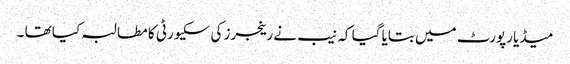
میڈیا رپورٹ میں بتایا گیا کہ نیب نے رینجرز کی سکیورٹی کا مطالبہ کیا تھا ۔